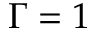
\Gamma = 1